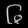
Digit: ၆